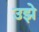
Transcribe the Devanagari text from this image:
उझे